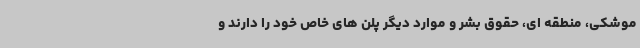
موشکی، منطقه ای، حقوق بشر و موارد دیگر پلن های خاص خود را دارند و